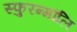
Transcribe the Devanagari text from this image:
स्फुरन्मौलि